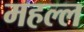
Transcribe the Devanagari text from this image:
महल्ल